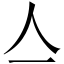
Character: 亼